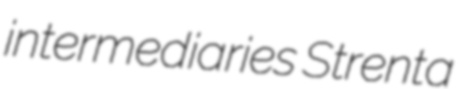
intermediaries Strenta